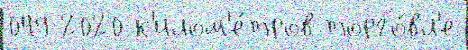
049 2020 к'илом'е́тров торго́вл'е